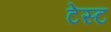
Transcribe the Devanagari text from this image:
टेस्‍ट